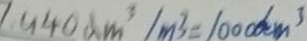
/ 9 4 0 d m ^ { 3 } / m ^ { 3 } = 1 0 0 0 d m ^ { 3 }